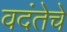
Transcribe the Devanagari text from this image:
वदंतेचे